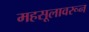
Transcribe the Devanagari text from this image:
महसूलावरून